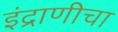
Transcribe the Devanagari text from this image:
इंद्राणीचा